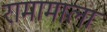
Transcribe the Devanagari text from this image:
रामामाला